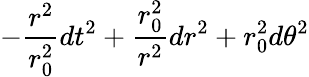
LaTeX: -{\frac{r^{2}}{r_{0}^{2}}}dt^{2}+{\frac{r_{0}^{2}}{r^{2}}}dr^{2}+r_{0}^{2}d\theta^{2}